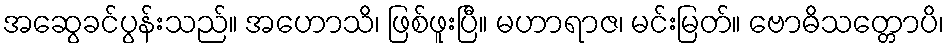
အဆွေခင်ပွန်းသည်။ အဟောသိ၊ ဖြစ်ဖူးပြီ။ မဟာရာဇ၊ မင်းမြတ်။ ဗောဓိသတ္တောပိ၊